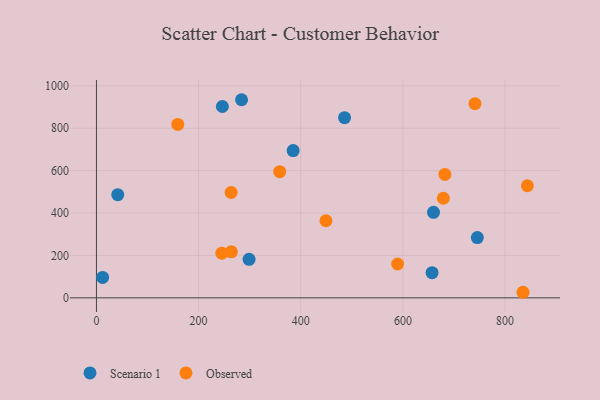
{"axis": {"x": "Study Hours", "y": "Sales"}, "legend": ["Observed", "Scenario 1"], "data": [{"x": "246.5", "y": 902.7, "type": "Scenario 1"}, {"x": "284.1", "y": 934.7, "type": "Scenario 1"}, {"x": "485.8", "y": 850.1, "type": "Scenario 1"}, {"x": "745.7", "y": 284.5, "type": "Scenario 1"}, {"x": "385.1", "y": 694.8, "type": "Scenario 1"}, {"x": "12.1", "y": 96.4, "type": "Scenario 1"}, {"x": "657.1", "y": 118.6, "type": "Scenario 1"}, {"x": "41.7", "y": 486.8, "type": "Scenario 1"}, {"x": "659.9", "y": 403.3, "type": "Scenario 1"}, {"x": "298.8", "y": 181.8, "type": "Scenario 1"}, {"x": "679.2", "y": 469.9, "type": "Observed"}, {"x": "835.2", "y": 26.2, "type": "Observed"}, {"x": "264.2", "y": 217.0, "type": "Observed"}, {"x": "159.2", "y": 818.0, "type": "Observed"}, {"x": "589.7", "y": 159.6, "type": "Observed"}, {"x": "245.5", "y": 210.7, "type": "Observed"}, {"x": "682.2", "y": 582.1, "type": "Observed"}, {"x": "263.7", "y": 497.1, "type": "Observed"}, {"x": "843.7", "y": 528.7, "type": "Observed"}, {"x": "449.3", "y": 363.6, "type": "Observed"}, {"x": "358.8", "y": 595.3, "type": "Observed"}, {"x": "741.1", "y": 916.0, "type": "Observed"}]}